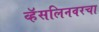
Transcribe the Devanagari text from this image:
व्हॅसलिनवरचा